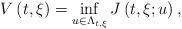
LaTeX: \begin{align*}V\left( t,\xi \right) =\inf_{u\in \Lambda _{t,\xi }}J\left( t,\xi ;u\right) , \end{align*}